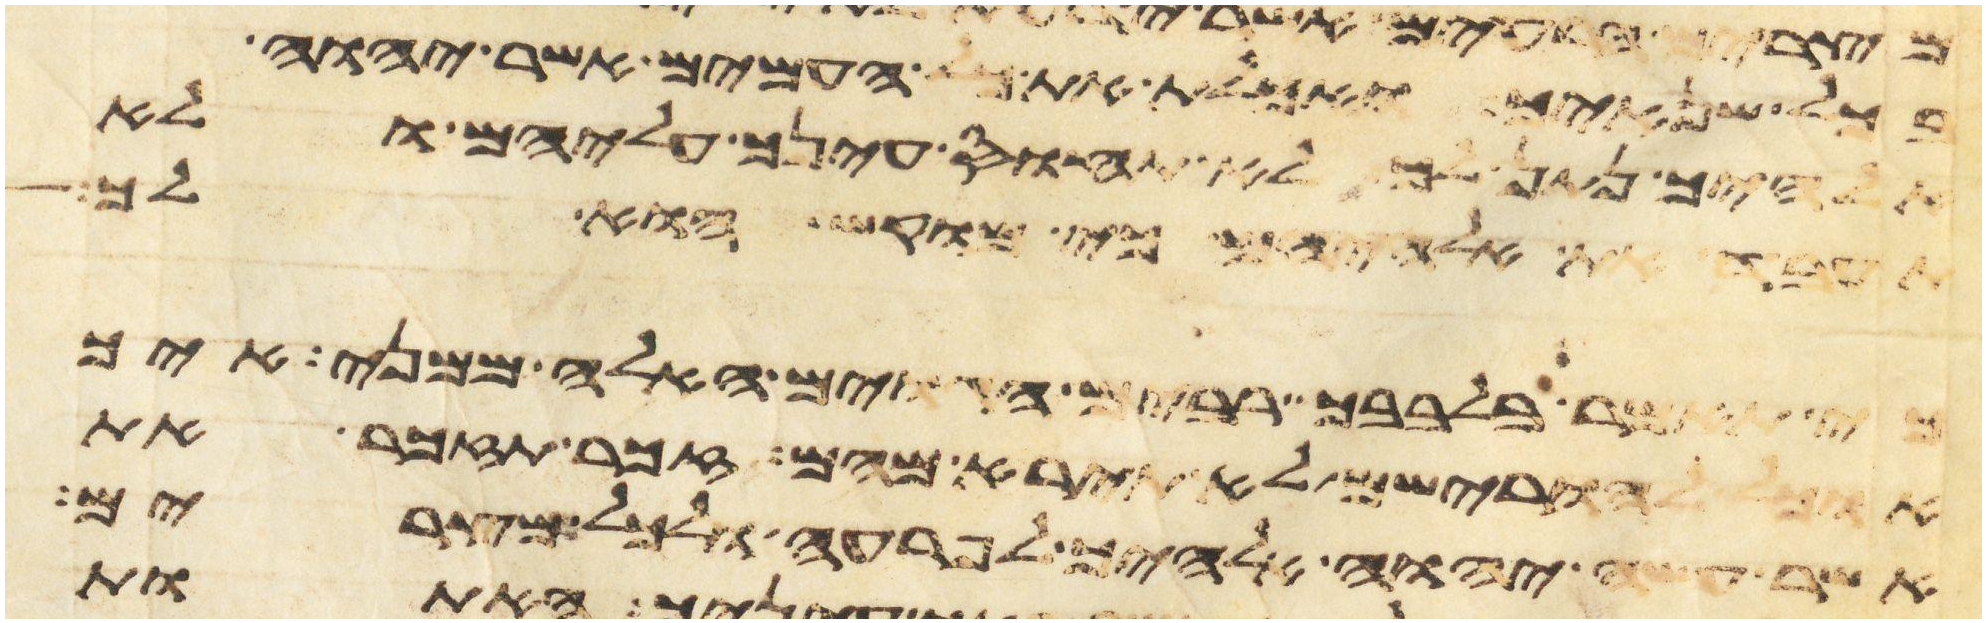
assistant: בכל שנאיך ואכלת את כל העמים אשר יהוה
אלהיך נתן לך לא תחוס עינך עליהם ולא
את אלהיהם כי מוקש הוא לך
כי תאמר בלבבך רבים הגוים האלה ממני איך
אוכל להורישם לא תירא מהם זכר תזכר את
אשר עשה יהוה אלהיך לפרעה ולכל מצרים